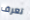
تعرف